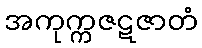
အကုက္ကဇဋဇာတံ